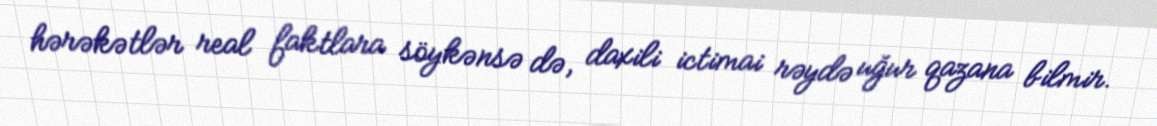
hərəkətlər real faktlara söykənsə də, daxili ictimai rəydə uğur qazana bilmir.